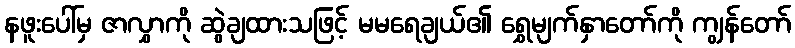
နဖူးပေါ်မှ ဇာလွှာကို ဆွဲချထားသဖြင့် မမရေချယ်၏ ရွှေမျက်နှာတော်ကို ကျွန်တော်